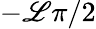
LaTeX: -\mathscr{L}\pi/2